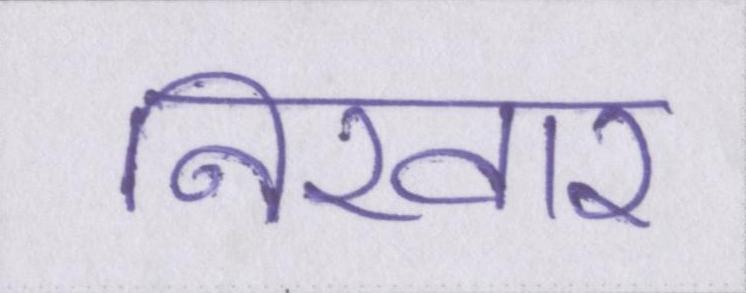
निखार